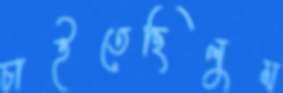
চাইতেছিলুম